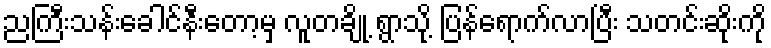
ညကြီးသန်းခေါင်နီးတော့မှ လူတချို့ ရွာသို့ ပြန်ရောက်လာပြီး သတင်းဆိုးကို